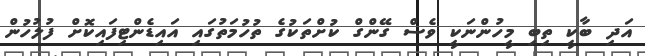
އަދި ބާކީ ތިބި މީހުންނަކީ ވެސް ގޭންގް ކުށްތަކުގެ ތުހުމަތުގައި އައިޑެންޓިފައިކޮށް ފުލުހުން